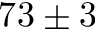
7 3 \pm 3